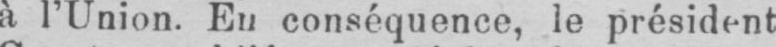
à l’Union. En conséquence, le président